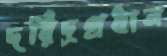
দরিদ্রপ্রধান